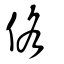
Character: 佫